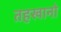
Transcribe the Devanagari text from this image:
तहखानो